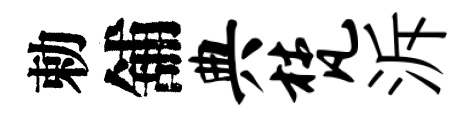
勅舖典梵泝